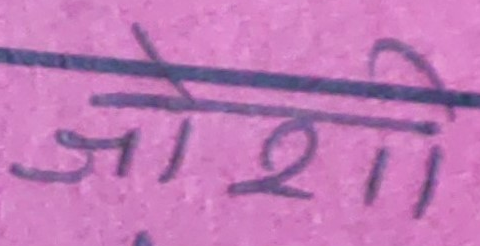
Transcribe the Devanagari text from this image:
जोशी